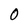
Character: O